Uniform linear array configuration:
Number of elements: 64
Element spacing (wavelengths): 0.25
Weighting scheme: hann
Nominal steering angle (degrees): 0
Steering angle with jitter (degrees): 0.5065
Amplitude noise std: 0.05
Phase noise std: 0.05

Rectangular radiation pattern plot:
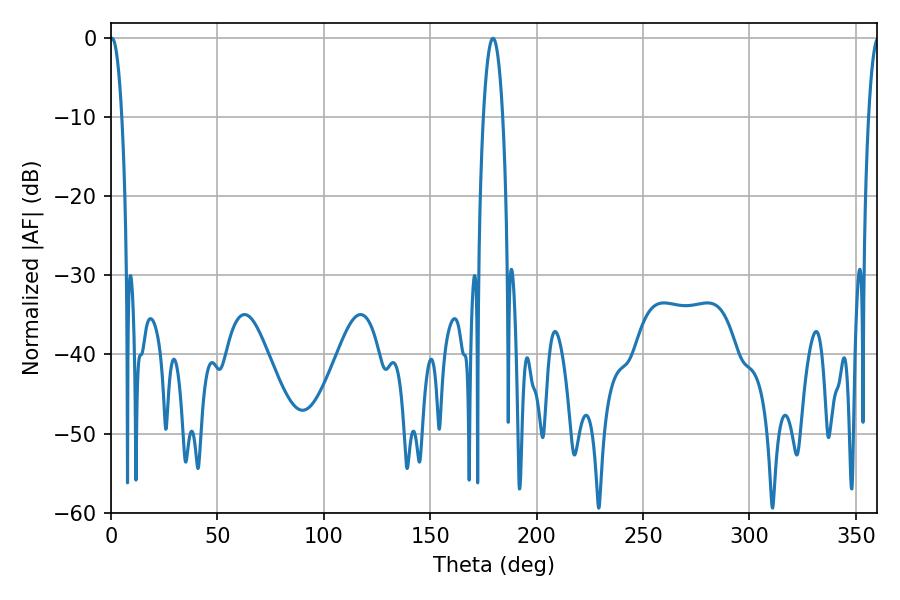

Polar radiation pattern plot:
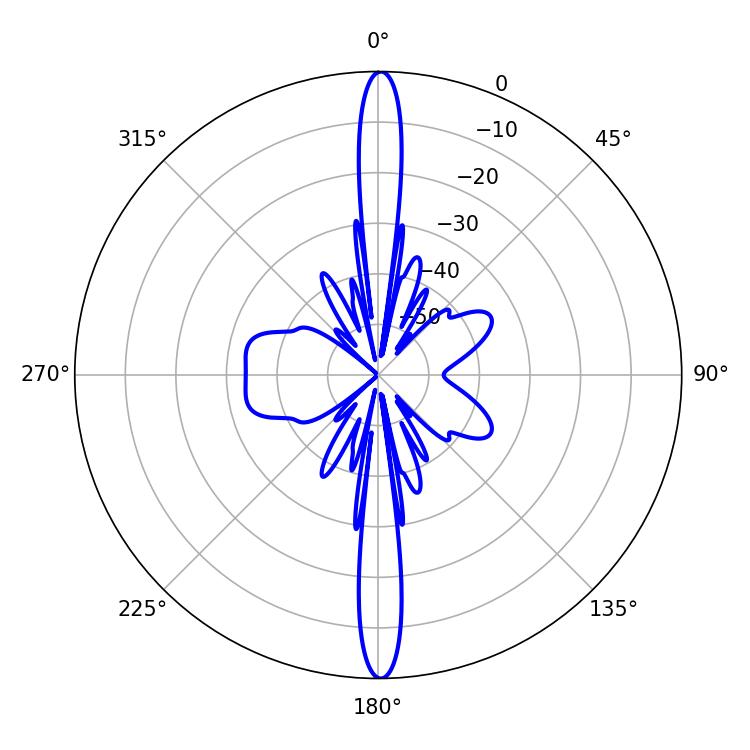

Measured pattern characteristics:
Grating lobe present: FALSE
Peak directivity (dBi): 31.152
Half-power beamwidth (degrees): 3.06
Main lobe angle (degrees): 0.54